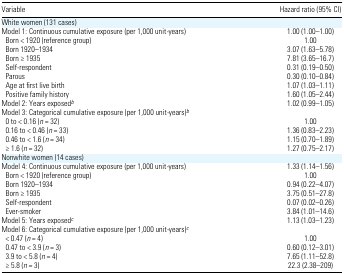
<table><thead><tr><td><b>Variable</b></td><td><b>Hazard ratio (95% CI)</b></td></tr></thead><tbody><tr><td colspan="2">White women (131 cases)</td></tr><tr><td>Model 1: Continuous cumulative exposure (per 1,000 unit<i>-</i>years)</td><td>1.00 (1.00–1.00)</td></tr><tr><td> Born &lt; 1920 (reference group)</td><td>1.00</td></tr><tr><td> Born 1920–1934</td><td>3.07 (1.63–5.78)</td></tr><tr><td> Born ≥ 1935</td><td>7.81 (3.65–16.7)</td></tr><tr><td> Self-respondent</td><td>0.31 (0.19–0.50)</td></tr><tr><td> Parous</td><td>0.30 (0.10–0.84)</td></tr><tr><td> Age at first live birth</td><td>1.07 (1.03–1.11)</td></tr><tr><td> Positive family history</td><td>1.60 (1.05–2.44)</td></tr><tr><td>Model 2: Years exposedb</td><td>1.02 (0.99–1.05)</td></tr><tr><td colspan="2">Model 3: Categorical cumulative exposure (per 1,000 unit<i>-</i>years)b</td></tr><tr><td> 0 to &lt; 0.16 (<i>n</i> = 32)</td><td>1.00</td></tr><tr><td> 0.16 to &lt; 0.46 (<i>n</i> = 33)</td><td>1.36 (0.83–2.23)</td></tr><tr><td> 0.46 to &lt; 1.6 (<i>n</i> = 34)</td><td>1.15 (0.70–1.89)</td></tr><tr><td> ≥ 1.6 (<i>n</i> = 32)</td><td>1.27 (0.75–2.17)</td></tr><tr><td colspan="2">Nonwhite women (14 cases)</td></tr><tr><td>Model 4: Continuous cumulative exposure (per 1,000 unit<i>-</i>years)</td><td>1.33 (1.14–1.56)</td></tr><tr><td> Born &lt; 1920 (reference group)</td><td>1.00</td></tr><tr><td> Born 1920–1934</td><td>0.94 (0.22–4.07)</td></tr><tr><td> Born ≥ 1935</td><td>3.75 (0.51–27.8)</td></tr><tr><td> Self-respondent</td><td>0.07 (0.02–0.26)</td></tr><tr><td> Ever-smoker</td><td>3.84 (1.01–14.6)</td></tr><tr><td>Model 5: Years exposedc</td><td>1.13 (1.03–1.23)</td></tr><tr><td colspan="2">Model 6: Categorical cumulative exposure (per 1,000 unit<i>-</i>years)c</td></tr><tr><td> &lt; 0.47 (<i>n</i> = 4)</td><td>1.00</td></tr><tr><td> 0.47 to &lt; 3.9 (<i>n</i> = 3)</td><td>0.60 (0.12–3.01)</td></tr><tr><td> 3.9 to &lt; 5.8 (<i>n</i> = 4)</td><td>7.65 (1.11–52.8)</td></tr><tr><td> ≥ 5.8 (<i>n</i> = 3)</td><td>22.3 (2.38–209)</td></tr></tbody></table>